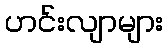
ဟင်းလျာများ